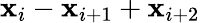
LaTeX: \mathbf{x}_{i}-\mathbf{x}_{i+1}+\mathbf{x}_{i+2}